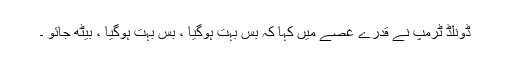
ڈونلڈ ٹرمپ نے قدرے غصے میں کہا کہ بس بہت ہوگیا ، بس بہت ہوگیا ، بیٹھ جائو ۔